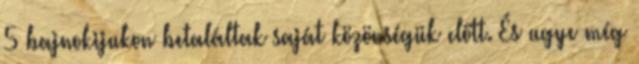
5 bajnokijukon betaláltak saját közönségük előtt. És ugye még